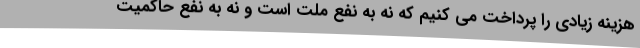
هزینه زیادی را پرداخت می کنیم که نه به نفع ملت است و نه به نفع حاکمیت